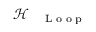
\mathcal { H } _ { \mathrm { ~ \tiny ~ \textnormal ~ { ~ L ~ o ~ o ~ p ~ } ~ } }